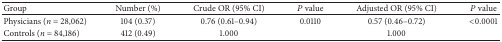
| Group | Number (%) | Crude OR (95% CI) | P value | Adjusted OR (95% CI) | P value |
 | --- | --- | --- | --- | --- | --- |
 | Physicians (n = 28,062) | 104 (0.37) | 0.76 (0.61–0.94) | 0.0110 | 0.57 (0.46–0.72) | <0.0001 |
 | Controls (n = 84,186) | 412 (0.49) | 1.000 |  | 1.000 |  |